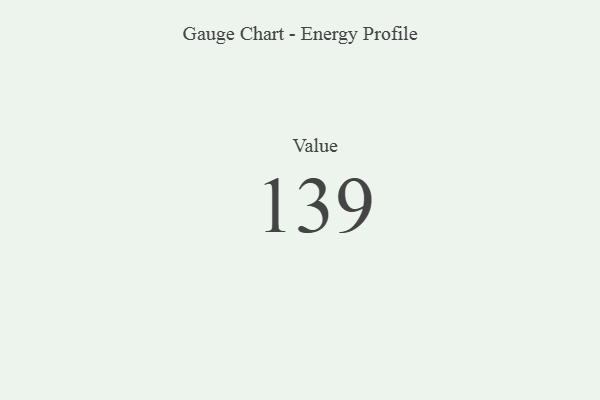
{"axis": {"x": "Metric", "y": "Value"}, "legend": [""], "data": [{"x": "Value", "y": 139, "type": ""}]}